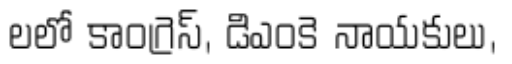
లలో కాంగ్రెస్, డిఎంకె నాయకులు,